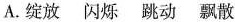
A. 绽放 闪烁 跳动 飘散